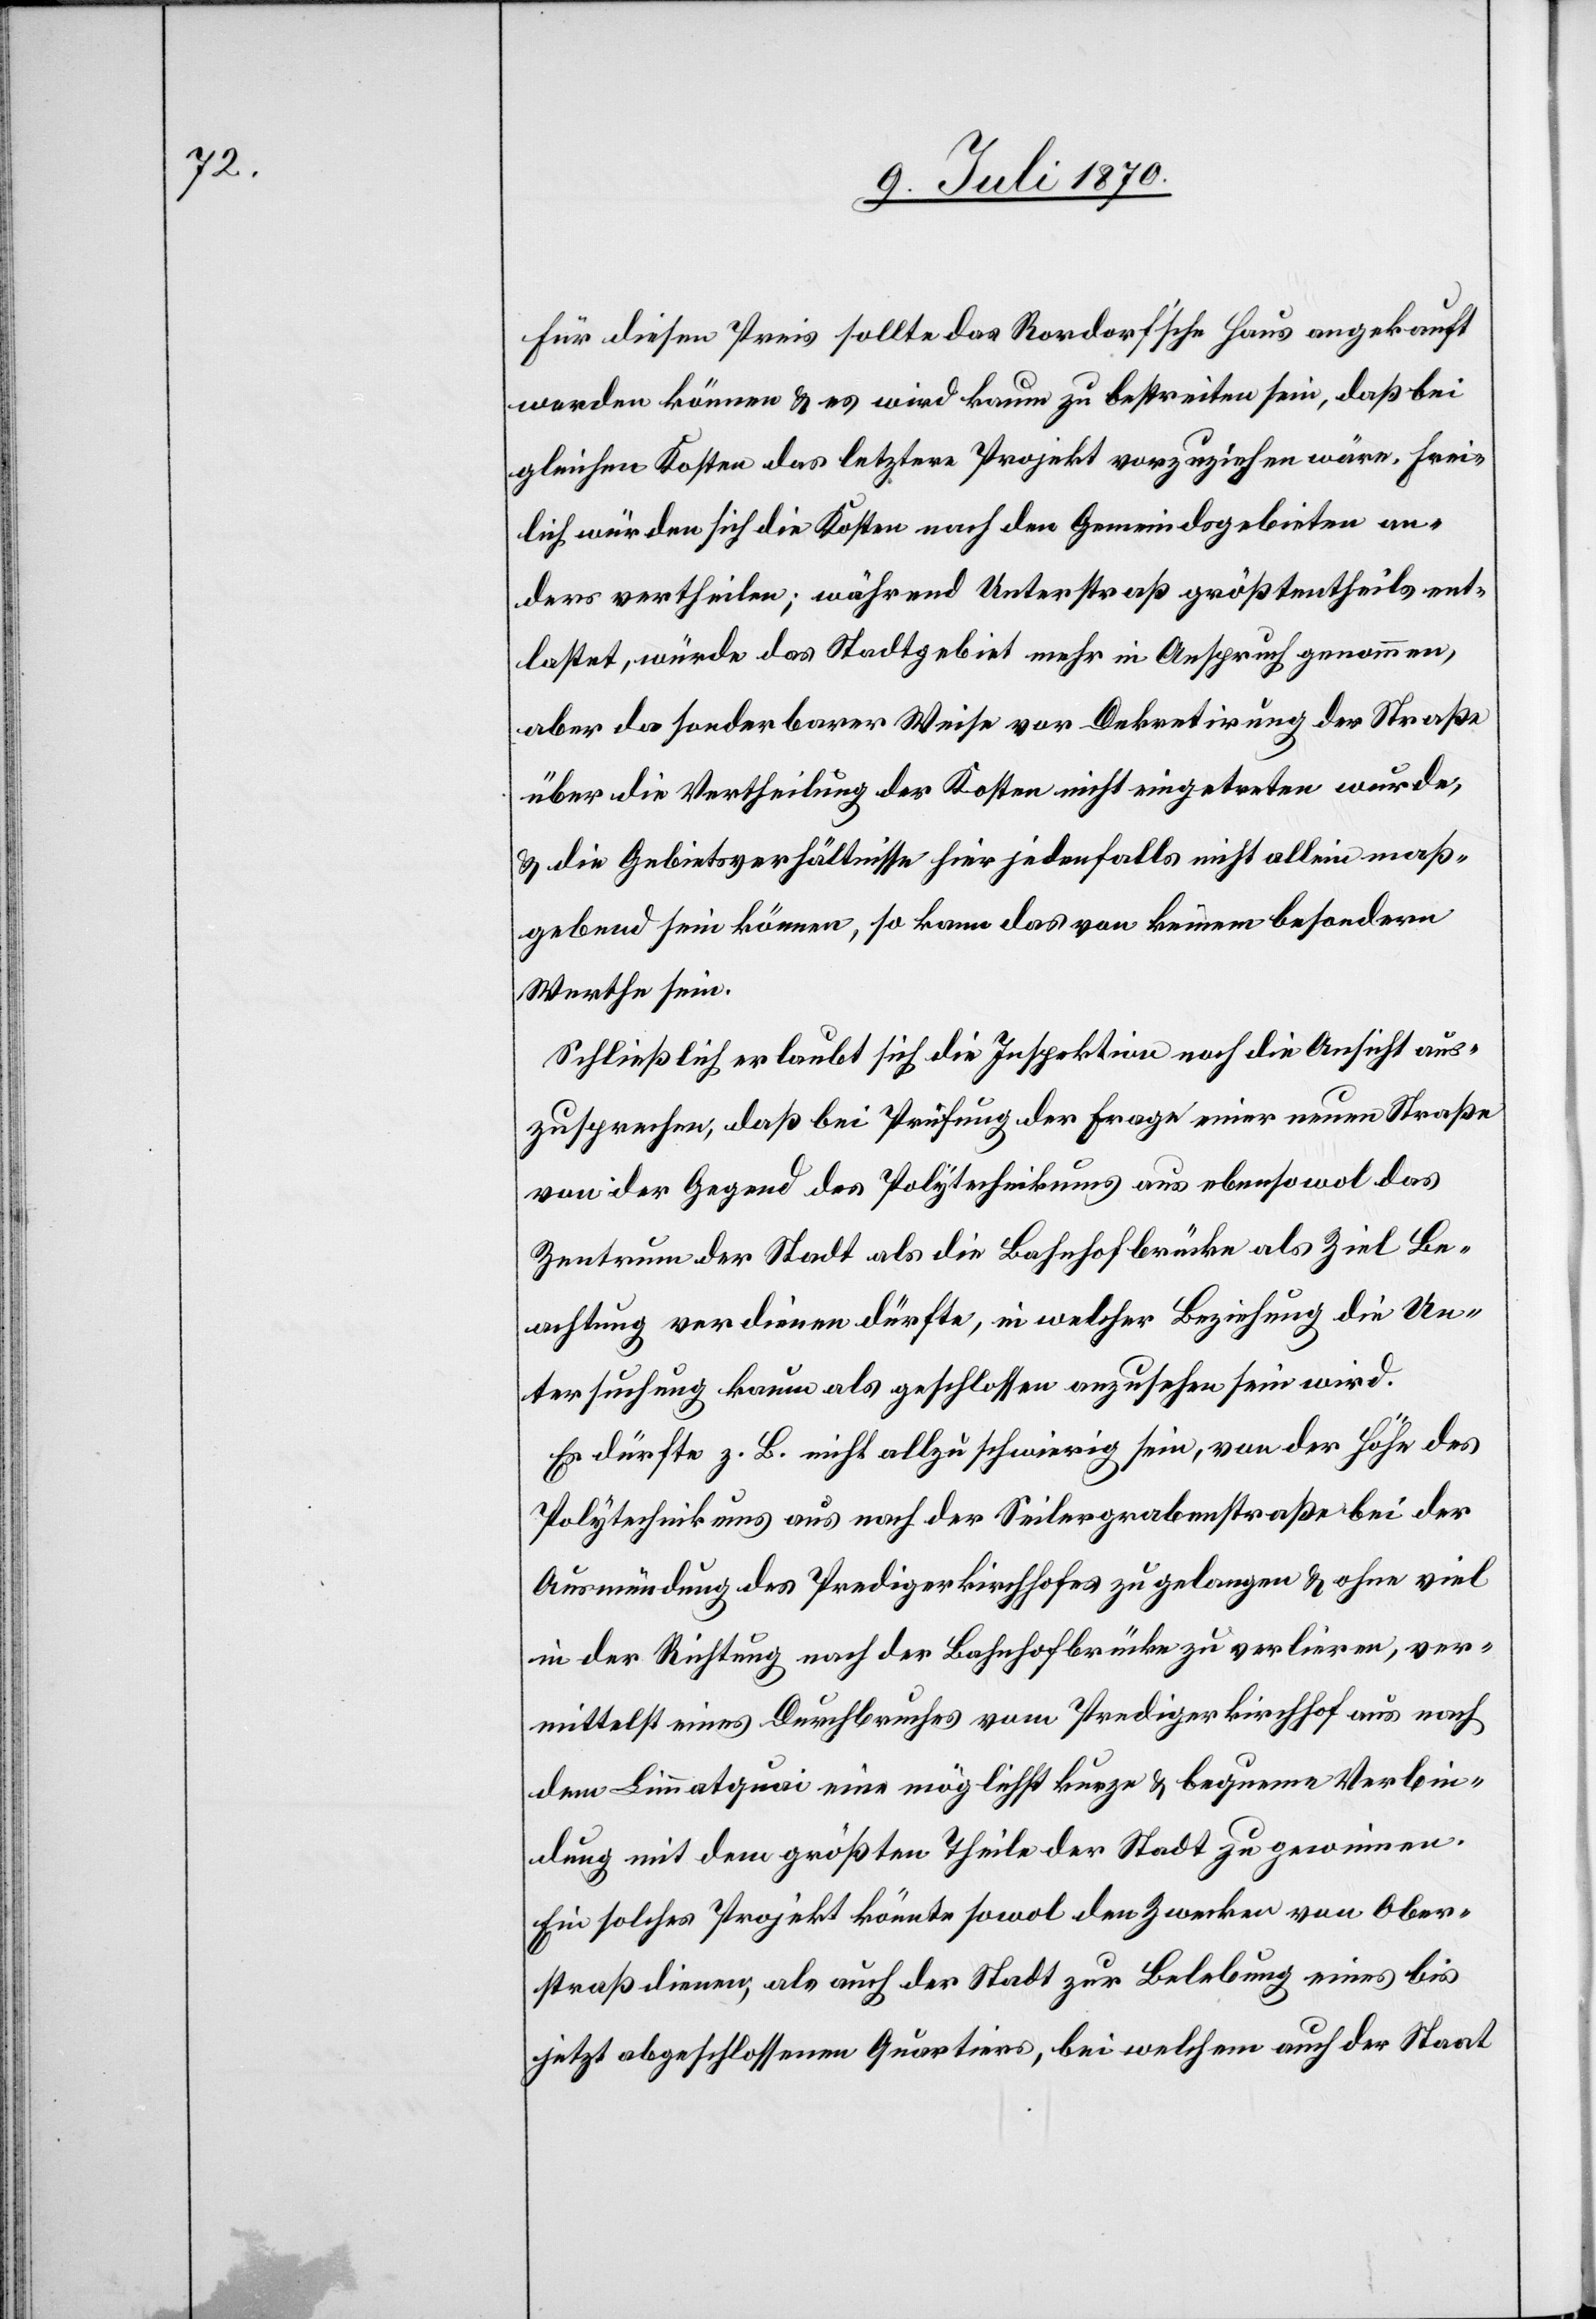
Für diesen Preis sollte das Rordorf’sche Haus angekauft
werden können & es wird kaum zu bestreiten sein, daß bei
gleichen Kosten das letztere Projekt vorzuziehen wäre. Frei¬
lich würden sich die Kosten nach den Gemeindsgebieten an¬
ders vertheilen; während Unterstraß größtentheils ent¬
lastet, würde das Stadtgebiet mehr in Anspruch genommen,
aber da sonderbarer Weise vor Dekretirung der Straße
über die Vertheilung der Kosten nicht eingetreten wurde,
& die Gebietsverhältnisse hier jedenfalls nicht allein maß¬
gebend sein können, so kann das von keinem besondern
Werthe sein.
Schließlich erlaubt sich die Inspektion noch die Ansicht aus¬
zusprechen, daß bei Prüfung der Frage einer neuen Straße
von der Gegend des Polytechnikums aus ebenso wol das
Zentrum der Stadt als die Bahnhofbrücke als Ziel Be¬
achtung verdienen dürfte, in welcher Beziehung die Un¬
tersuchung kaum als geschlossen anzusehen sein wird.
Es dürfte z. B. nicht allzu schwierig sein, von der Höhe des
Polytechnikums aus nach der Seilergrabenstraße bei der
Ausmündung des Predigerkirchhofes zu gelangen & ohne viel
in der Richtung nach der Bahnhofbrücke zu verlieren, ver¬
mittelst eines Durchbruches vom Predigerkirchhof aus nach
dem Limmatquai eine möglichst kurze & bequeme Verbin¬
dung mit dem größten Theile der Stadt zu gewinnen.
Ein solches Projekt könnte sowol den Zwecken von Ober¬
straß dienen, als auch der Stadt zur Belebung eines bis
jetzt abgeschlossenen Quartiers, bei welchem auch der Staat